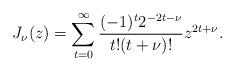
LaTeX: \begin{align*}J_{\nu}(z) = \sum_{t=0}^{\infty} \frac{(-1)^t2^{-2t-\nu}}{t!(t+\nu)!}z^{2t+\nu}.\end{align*}